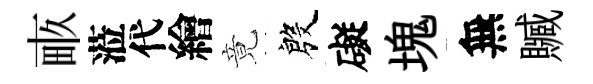
畞蒞代繪竟殷礙塊無贓